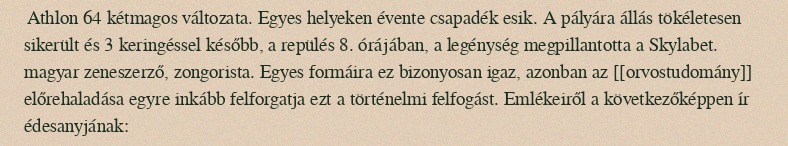
Athlon 64 kétmagos változata. Egyes helyeken évente csapadék esik. A pályára állás tökéletesen sikerült és 3 keringéssel később, a repülés 8. órájában, a legénység megpillantotta a Skylabet. magyar zeneszerző, zongorista. Egyes formáira ez bizonyosan igaz, azonban az [[orvostudomány]] előrehaladása egyre inkább felforgatja ezt a történelmi felfogást. Emlékeiről a következőképpen ír édesanyjának: